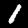
Label: 1